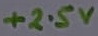
Text: +2.5V